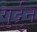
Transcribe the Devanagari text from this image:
गुर्द्रुन